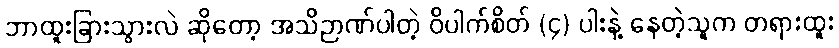
ဘာထူးခြားသွားလဲ ဆိုတော့ အသိဉာဏ်ပါတဲ့ ဝိပါက်စိတ် (၄) ပါးနဲ့ နေတဲ့သူက တရားထူး